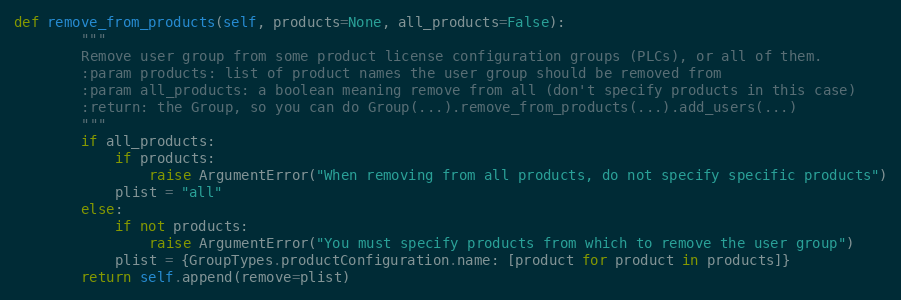
Language: Python
def remove_from_products(self, products=None, all_products=False):
        """
        Remove user group from some product license configuration groups (PLCs), or all of them.
        :param products: list of product names the user group should be removed from
        :param all_products: a boolean meaning remove from all (don't specify products in this case)
        :return: the Group, so you can do Group(...).remove_from_products(...).add_users(...)
        """
        if all_products:
            if products:
                raise ArgumentError("When removing from all products, do not specify specific products")
            plist = "all"
        else:
            if not products:
                raise ArgumentError("You must specify products from which to remove the user group")
            plist = {GroupTypes.productConfiguration.name: [product for product in products]}
        return self.append(remove=plist)